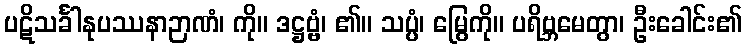
ပဋိသင်္ခါနုပဿနာဉာဏံ၊ ကို။ ဒဋ္ဌဗ္ဗံ၊ ၏။ သပ္ပံ၊ မြွေကို။ ပရိဗ္ဘမေတွာ၊ ဦးခေါင်း၏